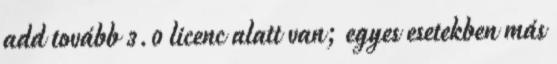
add tovább 3.0 licenc alatt van; egyes esetekben más